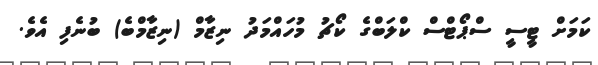
ކަމަށް ޓީސީ ސްޕޯޓްސް ކްލަބްގެ ކޯޗު މުހައްމަދު ނިޒާމް (ނިޒާމްބެ) ބުނެފި އެވެ.